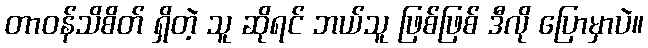
တာဝန်သိစိတ် ရှိတဲ့ သူ ဆိုရင် ဘယ်သူ ဖြစ်ဖြစ် ဒီလို ပြောမှာပဲ။